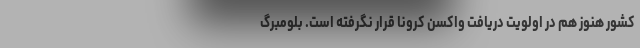
کشور هنوز هم در اولویت دریافت واکسن کرونا قرار نگرفته است. بلومبرگ